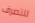
للتصرف